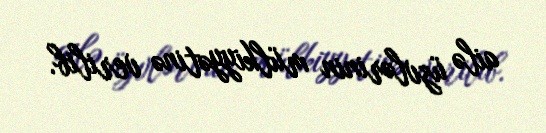
ailə üzvlərinin mülkiyyətinə verilib.